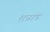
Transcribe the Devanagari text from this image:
शन्नाडे